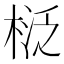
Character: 𣓦